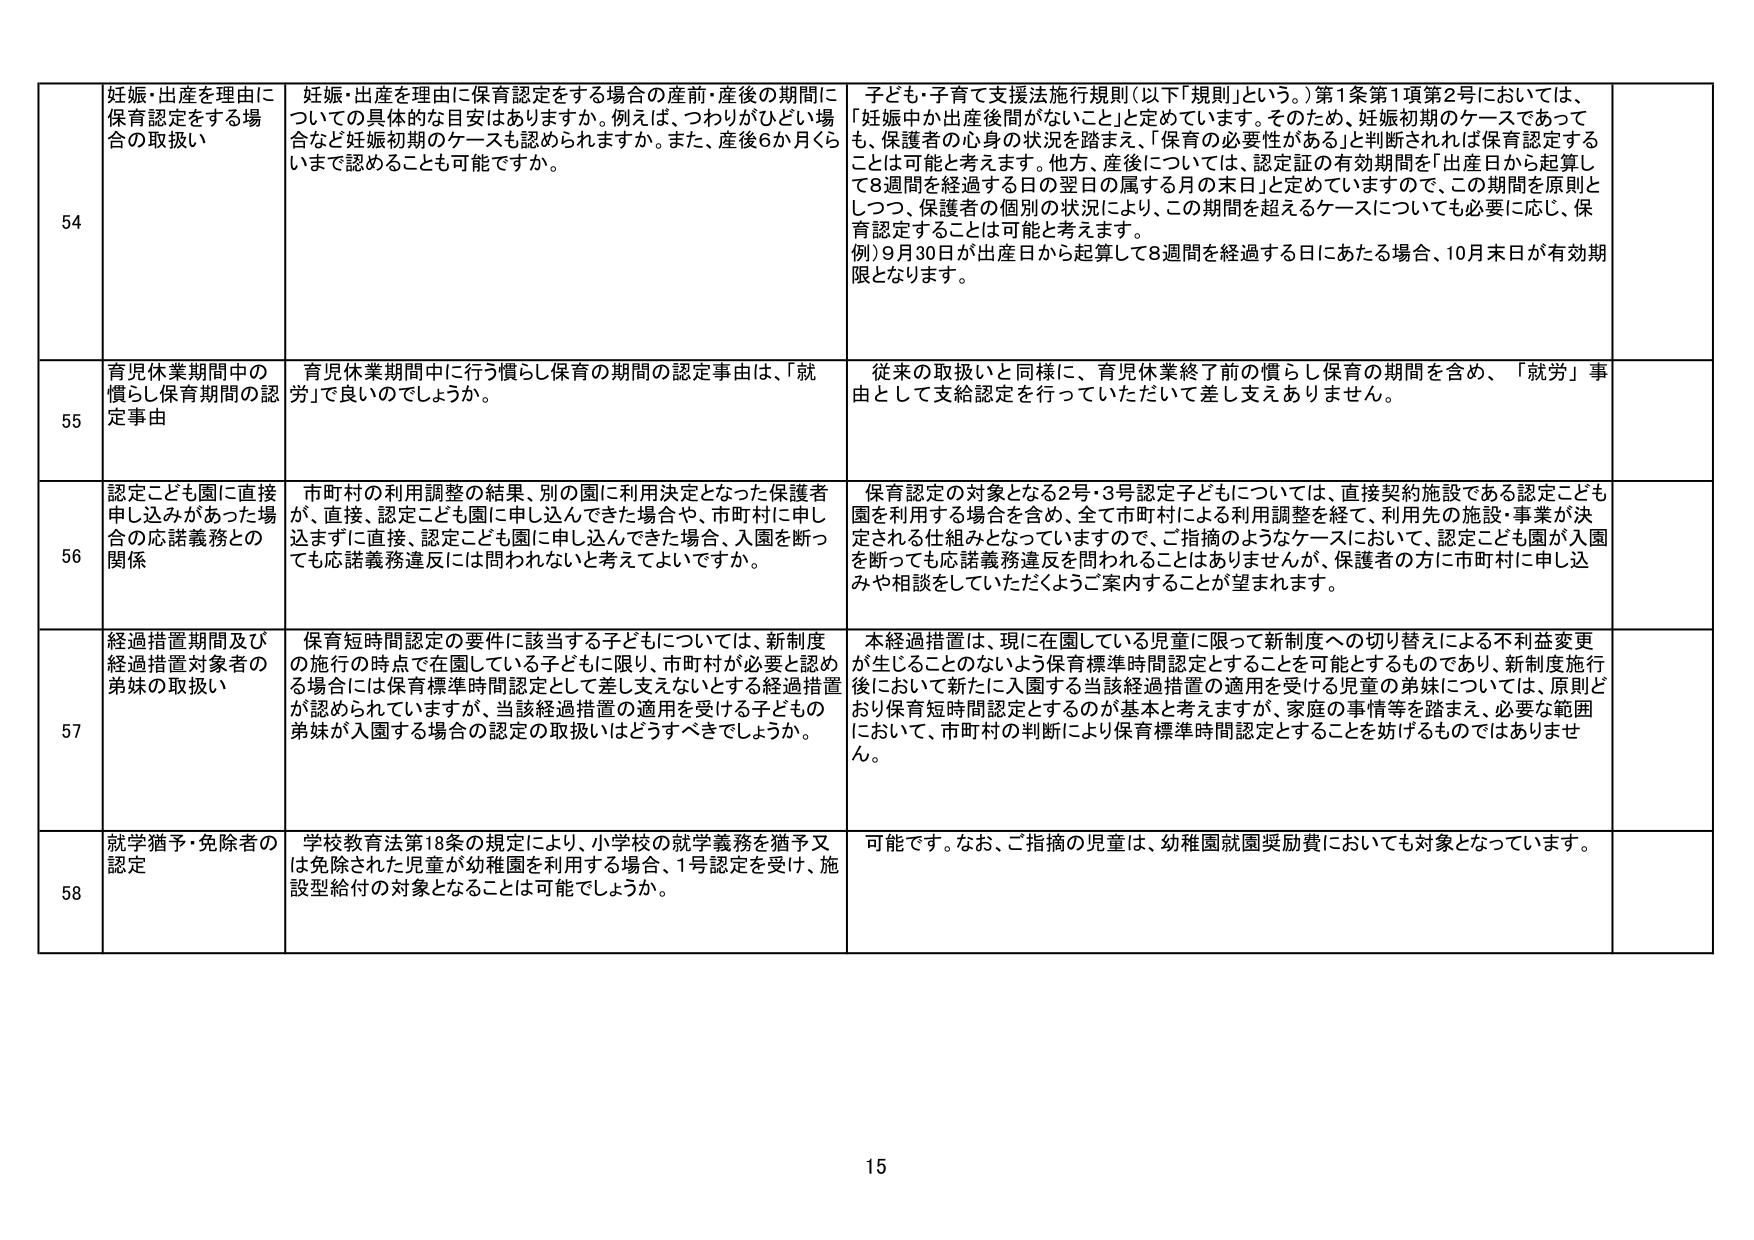
54 妊娠・出産を理由に保育認定をする場合の取扱い
妊娠・出産を理由に保育認定をする場合の産前・産後の期間についての具体的な目安はありますか。例えば、つわりがひどい場合など妊娠初期のケースも認められますか。また、産後6か月くらいまで認めることも可能ですか。
子ども・子育て支援法施行規則（以下「規則」という。）第1条第1項第2号においては、「妊娠中か出産後間がないこと」と定めています。そのため、妊娠初期のケースであっても、保護者の心身の状況を踏まえ、「保育の必要性がある」と判断されれば保育認定することは可能と考えます。他方、産後については、認定証の有効期間を「出産日から起算して8週間を経過する日の翌日の属する月の末日」と定めていますので、この期間を原則としつつ、保護者の個別の状況により、この期間を超えるケースについても必要に応じ、保育認定することは可能と考えます。
例）9月30日が出産日から起算して8週間を経過する日にあたる場合、10月末日が有効期限となります。

55 育児休業期間中の慣らし保育期間の認定事由
育児休業期間中に行う慣らし保育の期間の認定事由は、「就労」で良いのでしょうか。
従来の取扱いと同様に、育児休業終了前の慣らし保育の期間を含め、「就労」事由として支給認定を行っていただいて差し支えありません。

56 認定こども園に直接申し込みがあった場合の応諾義務との関係
市町村の利用調整の結果、別の園に利用決定となった保護者が、直接、認定こども園に申し込んできた場合や、市町村に申し込まずに直接、認定こども園に申し込んできた場合、入園を断っても応諾義務違反には問われないと考えてよいですか。
保育認定の対象となる2号・3号認定子どもについては、直接契約施設である認定こども園を利用する場合を含め、全て市町村による利用調整を経て、利用先の施設・事業が決定される仕組みとなっていますので、ご指摘のようなケースにおいて、認定こども園が入園を断っても応諾義務違反を問われることはありませんが、保護者の方に市町村に申し込みや相談をしていただくようご案内することが望まれます。

57 経過措置期間及び経過措置対象者の弟妹の取扱い
保育短時間認定の要件に該当する子どもについては、新制度の施行の時点で在園している子どもに限り、市町村が必要と認める場合には保育標準時間認定として差し支えないとする経過措置が認められていますが、当該経過措置の適用を受ける子どもの弟妹が入園する場合の認定の取扱いはどうすべきでしょうか。
本経過措置は、現在在園している児童に限って新制度への切り替えによる不利益変更が生じることのないよう保育標準時間認定とすることを可能とするものであり、新制度施行後において新たに入園する当該経過措置の適用を受ける児童の弟妹については、原則どおり保育短時間認定とするのが基本と考えますが、家庭の事情等を踏まえ、必要な範囲において、市町村の判断により保育標準時間認定とすることを妨げるものではありません。

58 就学猶予・免除者の認定
学校教育法第18条の規定により、小学校の就学義務を猶予又は免除された児童が幼稚園を利用する場合、1号認定を受け、施設型給付の対象となることは可能でしょうか。
可能です。なお、ご指摘の児童は、幼稚園就園奨励費においても対象となっています。

15